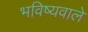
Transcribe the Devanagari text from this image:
भविष्यवाले